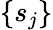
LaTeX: \{ s_{j}\}